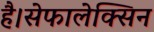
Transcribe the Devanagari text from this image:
है।सेफालेक्सिन